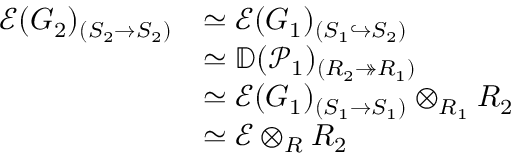
\begin{array} { r l } { \mathscr { E } ( G _ { 2 } ) _ { ( S _ { 2 } \rightarrow S _ { 2 } ) } } & { \simeq \mathscr { E } ( G _ { 1 } ) _ { ( S _ { 1 } \hookrightarrow S _ { 2 } ) } } \\ & { \simeq \mathbb { D } ( \mathscr { P } _ { 1 } ) _ { ( R _ { 2 } \twoheadrightarrow R _ { 1 } ) } } \\ & { \simeq \mathscr { E } ( G _ { 1 } ) _ { ( S _ { 1 } \rightarrow S _ { 1 } ) } \otimes _ { R _ { 1 } } R _ { 2 } } \\ & { \simeq \mathscr { E } \otimes _ { R } R _ { 2 } } \end{array}